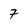
Character: 7